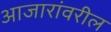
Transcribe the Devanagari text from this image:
आजारांवरील